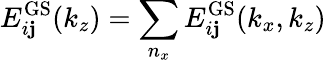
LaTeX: E_{i\mathbf{j}}^{\mathrm{{GS}}}(k_{z})=\sum_{n_{x}}E_{i\mathbf{j}}^{\mathrm{{GS}}}(k_{x},k_{z})